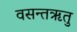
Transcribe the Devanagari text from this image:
वसन्तॠतु